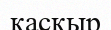
қаскыр